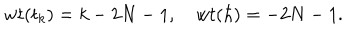
LaTeX: w t ( t _ { k } ) = k - 2 N - 1 , ~ w t ( \hbar ) = - 2 N - 1 .